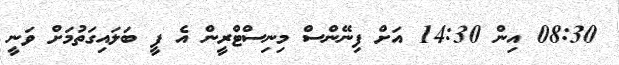
08:30 އިން 14:30 އަށް ފިނޭންސް މިނިސްޓްރީން އެ ފީ ބަލައިގަތުމަށް ވަނީ